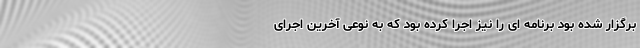
برگزار شده بود برنامه ای را نیز اجرا کرده بود که به نوعی آخرین اجرای